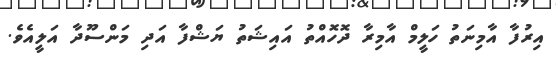
އިރުފާ އާމިނަތު ހަލީމް އާމިރާ ދޮހޮއްތު އައިޝަތު ޔަޝްފާ އަދި މަންސޫދާ އަލީއެވެ.